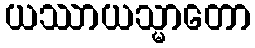
ယဿာယသ္မာတော